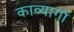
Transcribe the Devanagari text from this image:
काव्यागों